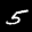
Label: 5